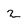
Character: z